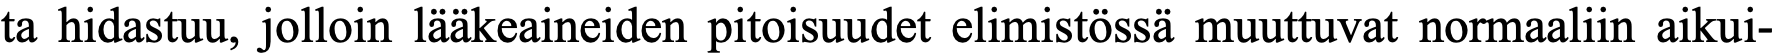
ta hidastuu, jolloin lääkeaineiden pitoisuudet elimistössä muuttuvat normaaliin aikui-